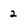
Character: 2